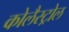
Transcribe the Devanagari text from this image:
कोलैस्ट्रोल